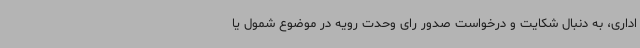
اداری، به دنبال شکایت و درخواست صدور رای وحدت رویه در موضوع شمول یا